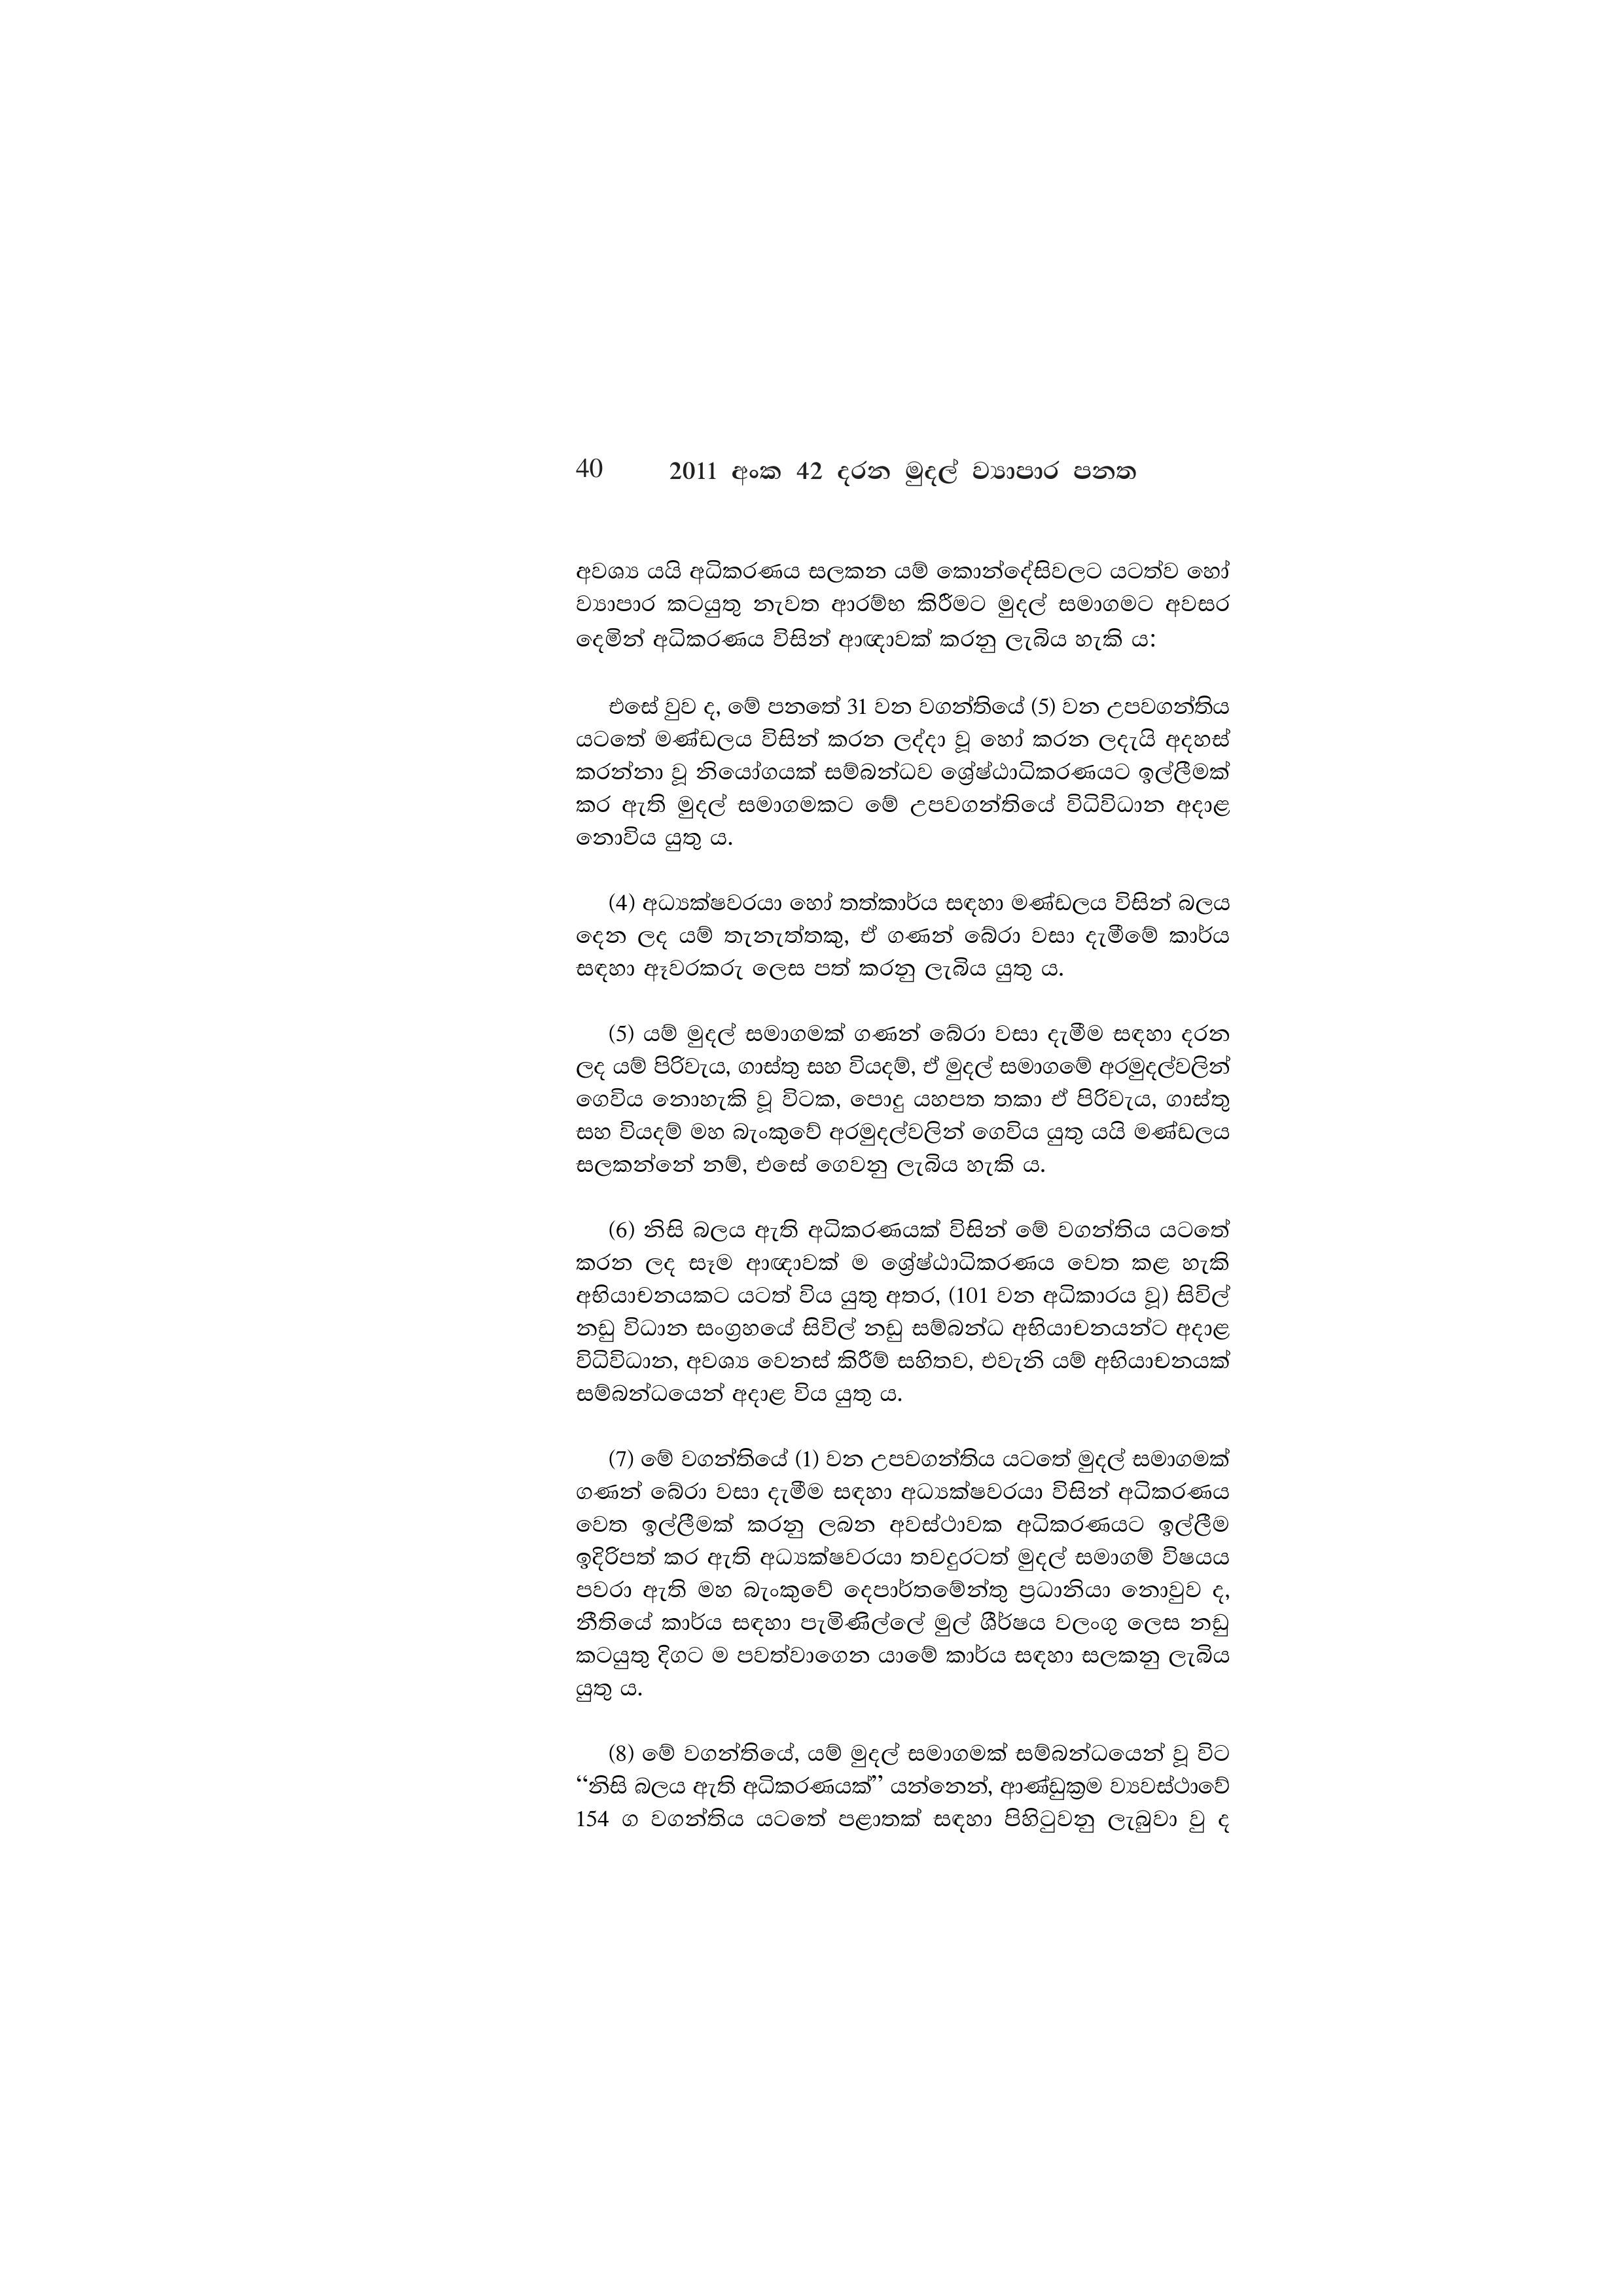
40 2011 අංක 42 දරන මුදල් ව්‍යාපාර පනත

අවශ්‍ය යයි අධිකරණය සලකන යම් කොන්දේසිවලට යටත්ව හෝ
ව්‍යාපාර කටයුතු නැවත ආරම්භ කිරීමට මුදල් සමාගමට අවසර
දෙමින් අධිකරණය විසින් ආඥාවක් කරනු ලැබිය හැකි ය:

එසේ වුව ද, මේ පනතේ 31 වන වගන්තියේ (5) වන උපවගන්තිය
යටතේ මණ්ඩලය විසින් කරන ලද්දා වූ හෝ කරන ලදැයි අදහස්
කරන්නා වූ නියෝගයක් සම්බන්ධව ශ්‍රේෂ්ඨාධිකරණයට ඉල්ලීමක්
කර ඇති මුදල් සමාගමකට මේ උපවගන්තියේ විධිවිධාන අදාළ
නොවිය යුතු ය.

(4) අධ්‍යක්ෂවරයා හෝ තත්කාර්ය සඳහා මණ්ඩලය විසින් බලය
දෙන ලද යම් තැනැත්තකු, ඒ ගණන් බේරා වසා දැමීමේ කාර්ය
සඳහා ඈවරකරු ලෙස පත් කරනු ලැබිය යුතු ය.

(5) යම් මුදල් සමාගමක් ගණන් බේරා වසා දැමීම සඳහා දරන
ලද යම් පිරිවැය, ගාස්තු සහ වියදම්, ඒ මුදල් සමාගමේ අරමුදල්වලින්
ගෙවිය නොහැකි වූ විටක, පොදු යහපත තකා ඒ පිරිවැය, ගාස්තු
සහ වියදම් මහ බැංකුවේ අරමුදල්වලින් ගෙවිය යුතු යයි මණ්ඩලය
සලකන්නේ නම්, එසේ ගෙවනු ලැබිය හැකි ය.

(6) නිසි බලය ඇති අධිකරණයක් විසින් මේ වගන්තිය යටතේ
කරන ලද සෑම ආඥාවක් ම ශ්‍රේෂ්ඨාධිකරණය වෙත කළ හැකි
අභියාචනයකට යටත් විය යුතු අතර, (101 වන අධිකාරය වූ) සිවිල්
නඩු විධාන සංග්‍රහයේ සිවිල් නඩු සම්බන්ධ අභියාචනයන්ට අදාළ
විධිවිධාන, අවශ්‍ය වෙනස් කිරීම් සහිතව, එවැනි යම් අභියාචනයක්
සම්බන්ධයෙන් අදාළ විය යුතු ය.

(7) මේ වගන්තියේ (1) වන උපවගන්තිය යටතේ මුදල් සමාගමක්
ගණන් බේරා වසා දැමීම සඳහා අධ්‍යක්ෂවරයා විසින් අධිකරණය
වෙත ඉල්ලීමක් කරනු ලබන අවස්ථාවක අධිකරණයට ඉල්ලීම
ඉදිරිපත් කර ඇති අධ්‍යක්ෂවරයා තවදුරටත් මුදල් සමාගම් විෂයය
පවරා ඇති මහ බැංකුවේ දෙපාර්තමේන්තු ප්‍රධානියා නොවුව ද,
නීතියේ කාර්ය සඳහා පැමිණිල්ලේ මුල් ශීර්ෂය වලංගු ලෙස නඩු
කටයුතු දිගට ම පවත්වාගෙන යාමේ කාර්ය සඳහා සලකනු ලැබිය
යුතු ය.

(8) මේ වගන්තියේ, යම් මුදල් සමාගමක් සම්බන්ධයෙන් වූ විට
“නිසි බලය ඇති අධිකරණයක්” යන්නෙන්, ආණ්ඩුක්‍රම ව්‍යවස්ථාවේ
154 ග වගන්තිය යටතේ පළාතක් සඳහා පිහිටුවනු ලැබුවා වු ද